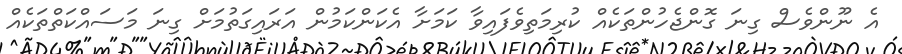
އެ ނޫންވެސް ގިނަ ގޮންޖެހުންތަކެއް ކުރިމަތިވެފައިވާ ކަމަށާ އެކަންކަމުން އަރައިގަތުމަށް ގިނަ މަސައްކަތްތަކެއް